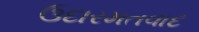
ઉદારમતવાદ